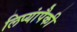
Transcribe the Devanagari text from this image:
लिप्यांपैकी